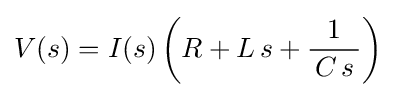
V(s)=I(s)\left(R+L\,s+{\frac {1}{\,C\,s\,}}\right)